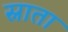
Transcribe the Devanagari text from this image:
स्नाता